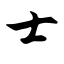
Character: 士